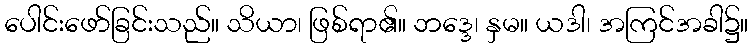
ပေါင်းဖော်ခြင်းသည်။ သိယာ၊ ဖြစ်ရာ၏။ ဘဒ္ဒေ၊ နှမ။ ယဒါ၊ အကြင်အခါ၌။